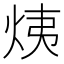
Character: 𤈙